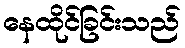
နေထိုင်ခြင်းသည်